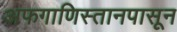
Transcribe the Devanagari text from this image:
अफगाणिस्तानपासून